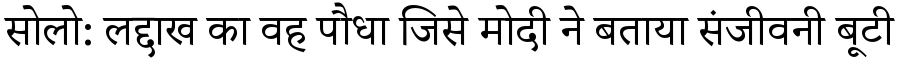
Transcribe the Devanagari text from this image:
सोलो: लद्दाख का वह पौधा जिसे मोदी ने बताया संजीवनी बूटी